Calcutta medical institutions reports 1892-1900
Year: 1892
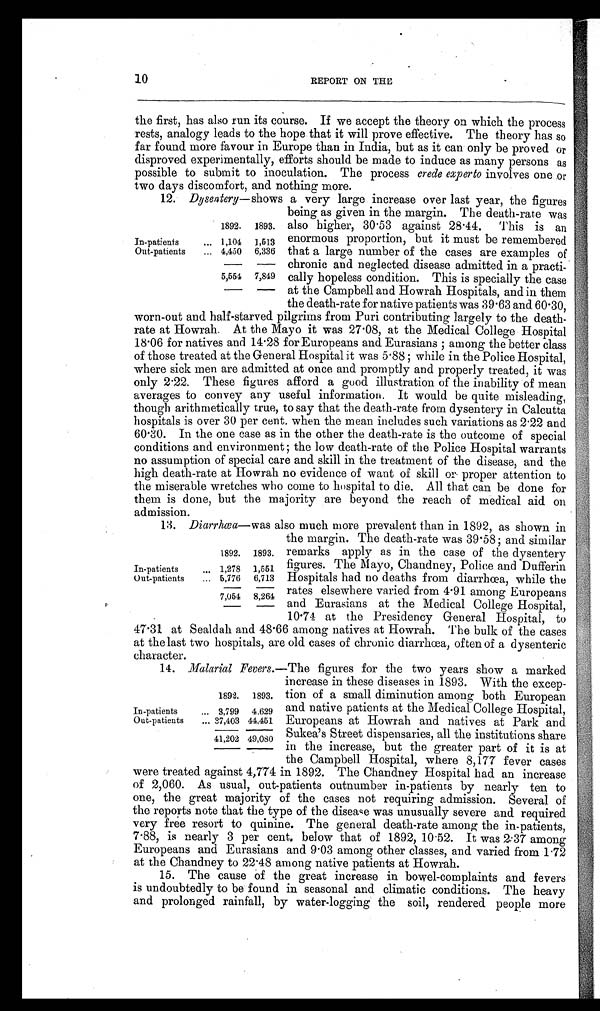
10
REPORT ON THE
the first, has also run its course. If we accept the theory on which the process
rests, analogy leads to the hope that it will prove effective. The theory has so
far found more favour in Europe than in India, but as it can only be proved or
disproved experimentally, efforts should be made to induce as many persons as
possible to submit to inoculation. The process crede experto involves one or
two days discomfort, and nothing more.
12. Dysentery—shows a very large increase over last year, the figures
being as given in the margin. The death-rate was
1892. 1893.
In-patients
... 1,104 1,513
Out-patients
... 4,450 6,336
5,554 7,849
also higher, 30.53 against 28.44. This is an
enormous proportion, but it must be remembered
that a large number of the cases are examples of
chronic and neglected disease admitted in a practi-
cally hopeless condition. This is specially the case
at the Campbell and Howrah Hospitals, and in them
the death-rate for native patients was 39.63 and 60.30,
worn-out and half-starved pilgrims from Puri contributing largely to the death-
rate at Howrah. At the Mayo it was 27.08, at the Medical College Hospital
18.06 for natives and 14.28 for Europeans and Eurasians ; among the better class
of those treated at the General Hospital it was 5.88 ; while in the Police Hospital,
where sick men are admitted at once and promptly and properly treated, it was
only 2.22. These figures afford a good illustration of the inability of mean
averages to convey any useful information. It would be quite misleading,
though arithmetically true, to say that the death-rate from dysentery in Calcutta
hospitals is over 30 per cent. when the mean includes such variations as 2.22 and
60.30. In the one case as in the other the death-rate is the outcome of special
conditions and environment ; the low death-rate of the Police Hospital warrants
no assumption of special care and skill in the treatment of the disease, and the
high death-rate at Howrah no evidence of want of skill or proper attention to
the miserable wretches who come to hospital to die. All that can be done for
them is done, but the majority are beyond the reach of medical aid on
admission.
13. Diarrhœa—was also much more prevalent than in 1892, as shown in
the margin. The death-rate was 39.58; and similar
remarks apply as in the case of the dysentery
figures. The Mayo, Chandney, Police and Dufferin
Hospitals had no deaths from diarrhœa, while the
rates elsewhere varied from 4.91 among Europeans
and Eurasians at the Medical College Hospital,
10.74 at the Presidency General Hospital, to
47.31 at Sealdah and 48.66 among natives at Howrah. The bulk of the cases
at the last two hospitals, are old cases of chronic diarrhœa, often of a dysenteric
character.
14. Malarial Fevers .—The figures for the two years show a marked
increase in these diseases in 1893. With the excep-
1892. 1893.
In-patients
... 1,278 1,551
Out-patients
... 5,776 6,713
7,054 8,264
1892. 1893.
In-patients
... 3,799 4.629
Out-patients
... 37,403 44,451
41,202 49,080
tion of a small diminution among both European
and native patients at the Medical College Hospital,
Europeans at Howrah and natives at Park and
Sukea's Street dispensaries, all the institutions share
in the increase, but the greater part of it is at
the Campbell Hospital, where 8,177 fever cases
were treated against 4,774 in 1892. The Chandney Hospital had an increase
of 2,060. As usual, out-patients outnumber in-patients by nearly ten to
one, the great majority of the cases not requiring admission. Several of
the reports note that the type of the disease was unusually severe and required
very free resort to quinine. The general death-rate among the in-patients,
7.88, is nearly 3 per cent. below that of 1892, 10.52. It was 2.37 among
Europeans and Eurasians and 9.03 among other classes, and varied from 1.72
at the Chandney to 22.48 among native patients at Howrah.
15. The cause of the great increase in bowel-complaints and fevers
is undoubtedly to be found in seasonal and climatic conditions. The heavy
and prolonged rainfall, by water-logging the soil, rendered people more